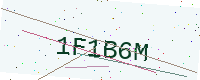
Text: 1F1B6M